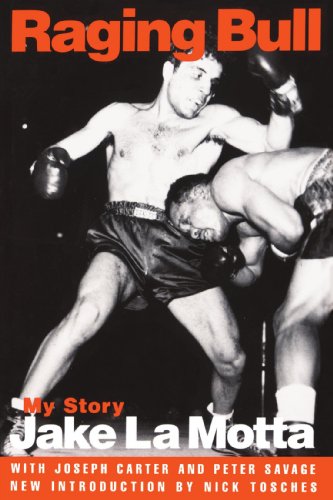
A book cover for Raging Bull: My Story; Jake La Motta; Biographies & Memoirs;